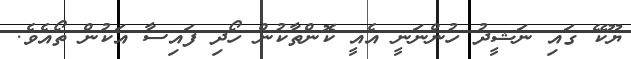
ޔޫކޭ ގައި ނަޝީދު ހުންނަނީ އެއީ ކޮންތާކުން ހޯދި ފައިސާ އަކުން ތޯއެވެ.